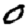
Digit: 0